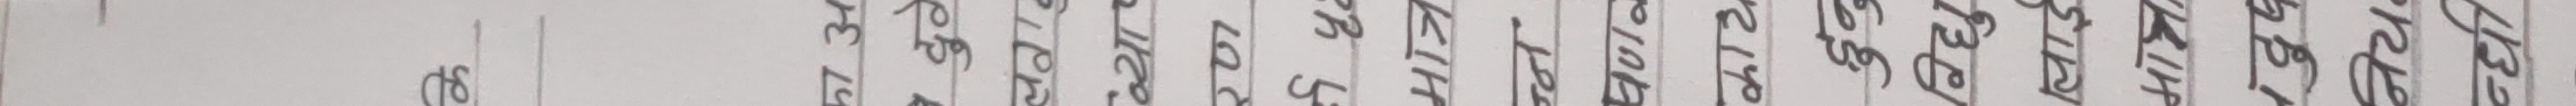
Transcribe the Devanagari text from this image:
के
का अ
दुठे
लवा
व्याप
रण
5 પૃથ્વ
मात्र
न्न
पण
काय
हुन्छ
विद्यु
लाई
KIH
दुद
निय